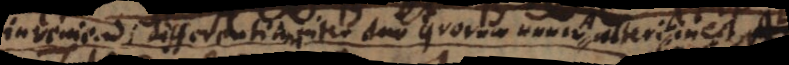
inveniendi differentiam inter duo quorum unum A alteri L inest,